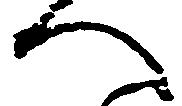
へ